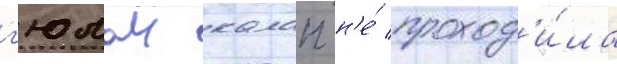
г'юлаи калап н'е́ проход'и́ла